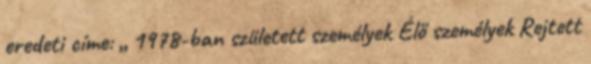
eredeti címe: „ 1978-ban született személyek Élő személyek Rejtett